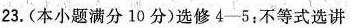
23.(本小题满分10分)选修$$4 - 5$$：不等式选讲